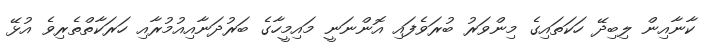
ކާނާއިން ލިބިދޭ ހަކަތައިގެ މިންވަރު ބުރަވެފައި އޮންނަނީ މައިމީހާގެ ބަރުދަނާއިއުމުރާއި ހަރަކާތްތެރިވެ އުޅޭ